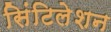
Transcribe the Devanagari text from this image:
सिंटिलेशन